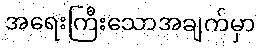
အရေးကြီးသောအချက်မှာ